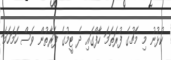
ކުޅުނު މި މެޗުގެ ފުރަތަމަ ހާފްގައި ދެ ޓީމުގެ ފަރާތުން ވެސް ހަމަހަމަ